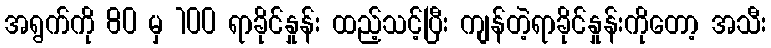
အရွက်ကို 80 မှ 100 ရာခိုင်နှုန်း ထည့်သင့်ပြီး ကျန်တဲ့ရာခိုင်နှုန်းကိုတော့ အသီး